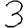
Digit: 3